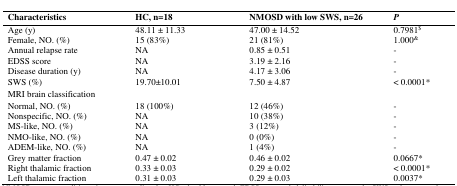
<table><thead><tr><td><b>Characteristics</b></td><td><b>HC, n=18</b></td><td><b>NMOSD with low SWS, n=26</b></td><td><b><i>P</i></b></td></tr></thead><tbody><tr><td>Age (y)</td><td>48.11 ± 11.33</td><td>47.00 ± 14.52</td><td>0.7981<sup>$</sup></td></tr><tr><td>Female, NO. (%)</td><td>15 (83%)</td><td>21 (81%)</td><td>1.000<sup>&amp;</sup></td></tr><tr><td>Annual relapse rate</td><td>NA</td><td>0.85 ± 0.51</td><td>-</td></tr><tr><td>EDSS score</td><td>NA</td><td>3.19 ± 2.16</td><td>-</td></tr><tr><td>Disease duration (y)</td><td>NA</td><td>4.17 ± 3.06</td><td>-</td></tr><tr><td>SWS (%)</td><td>19.70±10.01</td><td>7.50 ± 4.87</td><td>&lt; 0.0001<sup>*</sup></td></tr><tr><td>MRI brain classification</td></tr><tr><td>Normal, NO. (%)</td><td>18 (100%)</td><td>12 (46%)</td><td>-</td></tr><tr><td>Nonspecific, NO. (%)</td><td>NA</td><td>10 (38%)</td><td>-</td></tr><tr><td>MS-like, NO. (%)</td><td>NA</td><td>3 (12%)</td><td>-</td></tr><tr><td>NMO-like, NO. (%)</td><td>NA</td><td>0 (0%)</td><td>-</td></tr><tr><td>ADEM-like, NO. (%)</td><td>NA</td><td>1 (4%)</td><td>-</td></tr><tr><td>Grey matter fraction</td><td>0.47 ± 0.02</td><td>0.46 ± 0.02</td><td>0.0667<sup>*</sup></td></tr><tr><td>Right thalamic fraction</td><td>0.33 ± 0.03</td><td>0.29 ± 0.02</td><td>&lt; 0.0001<sup>*</sup></td></tr><tr><td>Left thalamic fraction</td><td>0.31 ± 0.03</td><td>0.29 ± 0.03</td><td>0.0037<sup>*</sup></td></tr></tbody></table>